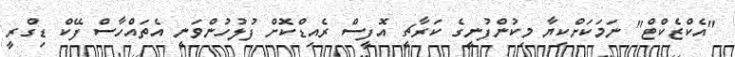
"އެކްޒެކްޓް" ނަމަކަށްކިޔާ މިކުންފުނީގެ ކަރާޗީ އޮފީސް ރެއިޑްކޮށް ފުލުހުންވަނީ އެތައްހާސް ފޭކް ޑިގްރީ